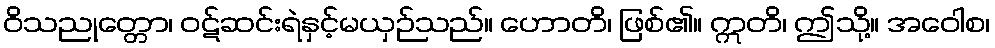
ဝိသညုတ္တော၊ ဝဋ်ဆင်းရဲနှင့်မယှဉ်သည်။ ဟောတိ၊ ဖြစ်၏။ ဣတိ၊ ဤသို့။ အဝေါစ၊